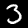
Digit: 3